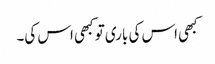
کبھی اس کی باری تو کبھی اس کی۔